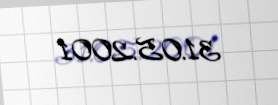
31.05.2001